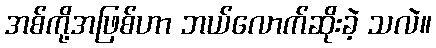
အစ်ကို့အဖြစ်ဟာ ဘယ်လောက်ဆိုးခဲ့ သလဲ။